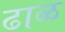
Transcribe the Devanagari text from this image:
ढाळ